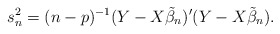
\begin{align*}s_n^2 = (n-p)^{-1}(Y-X\tilde{\beta}_n)'(Y-X\tilde{\beta}_n).\end{align*}